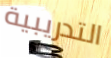
التدريبية